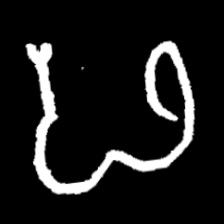
Pyu character \u2014 Myanmar letter: ဖ (romanized: pha)